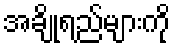
အချိုရည်များကို